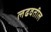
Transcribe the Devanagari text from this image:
लढवतील